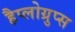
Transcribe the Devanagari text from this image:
हैप्लोग्रुप्स